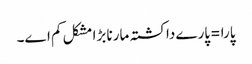
پارا =پارے دا کشتہ مارنا بڑا مشکل کم اے۔